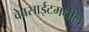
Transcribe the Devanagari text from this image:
वेबसाईटमधील